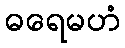
ဓရေမဟံ